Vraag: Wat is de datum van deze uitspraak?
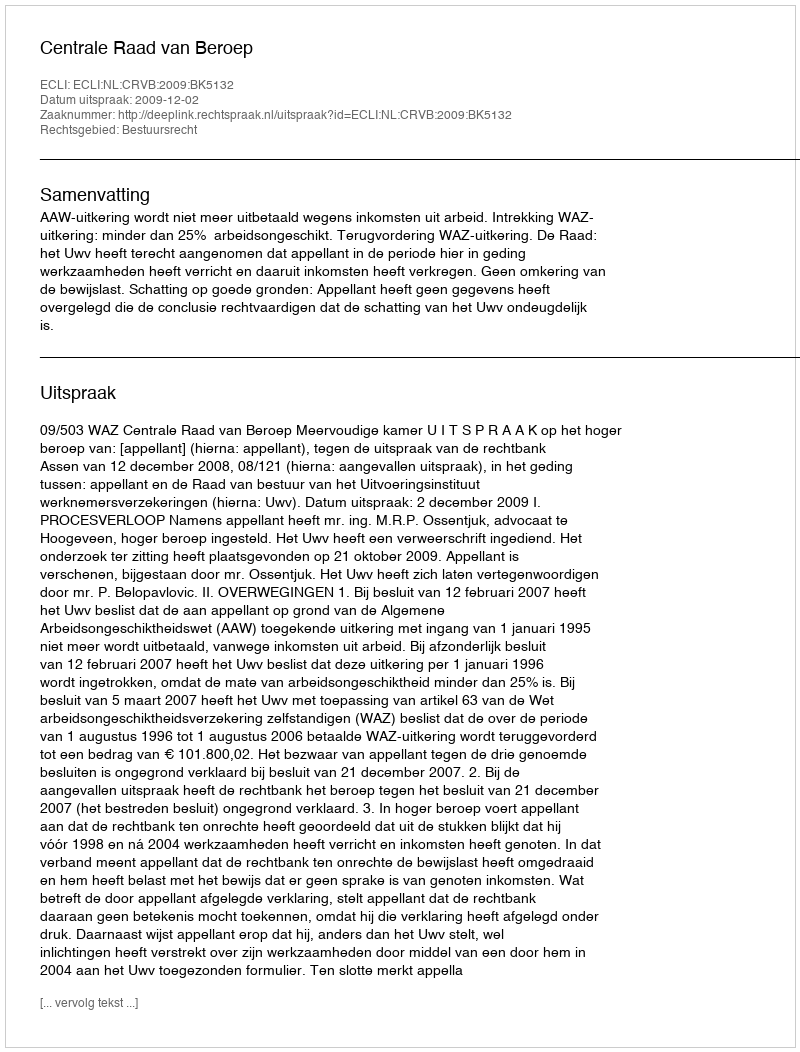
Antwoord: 2009-12-02